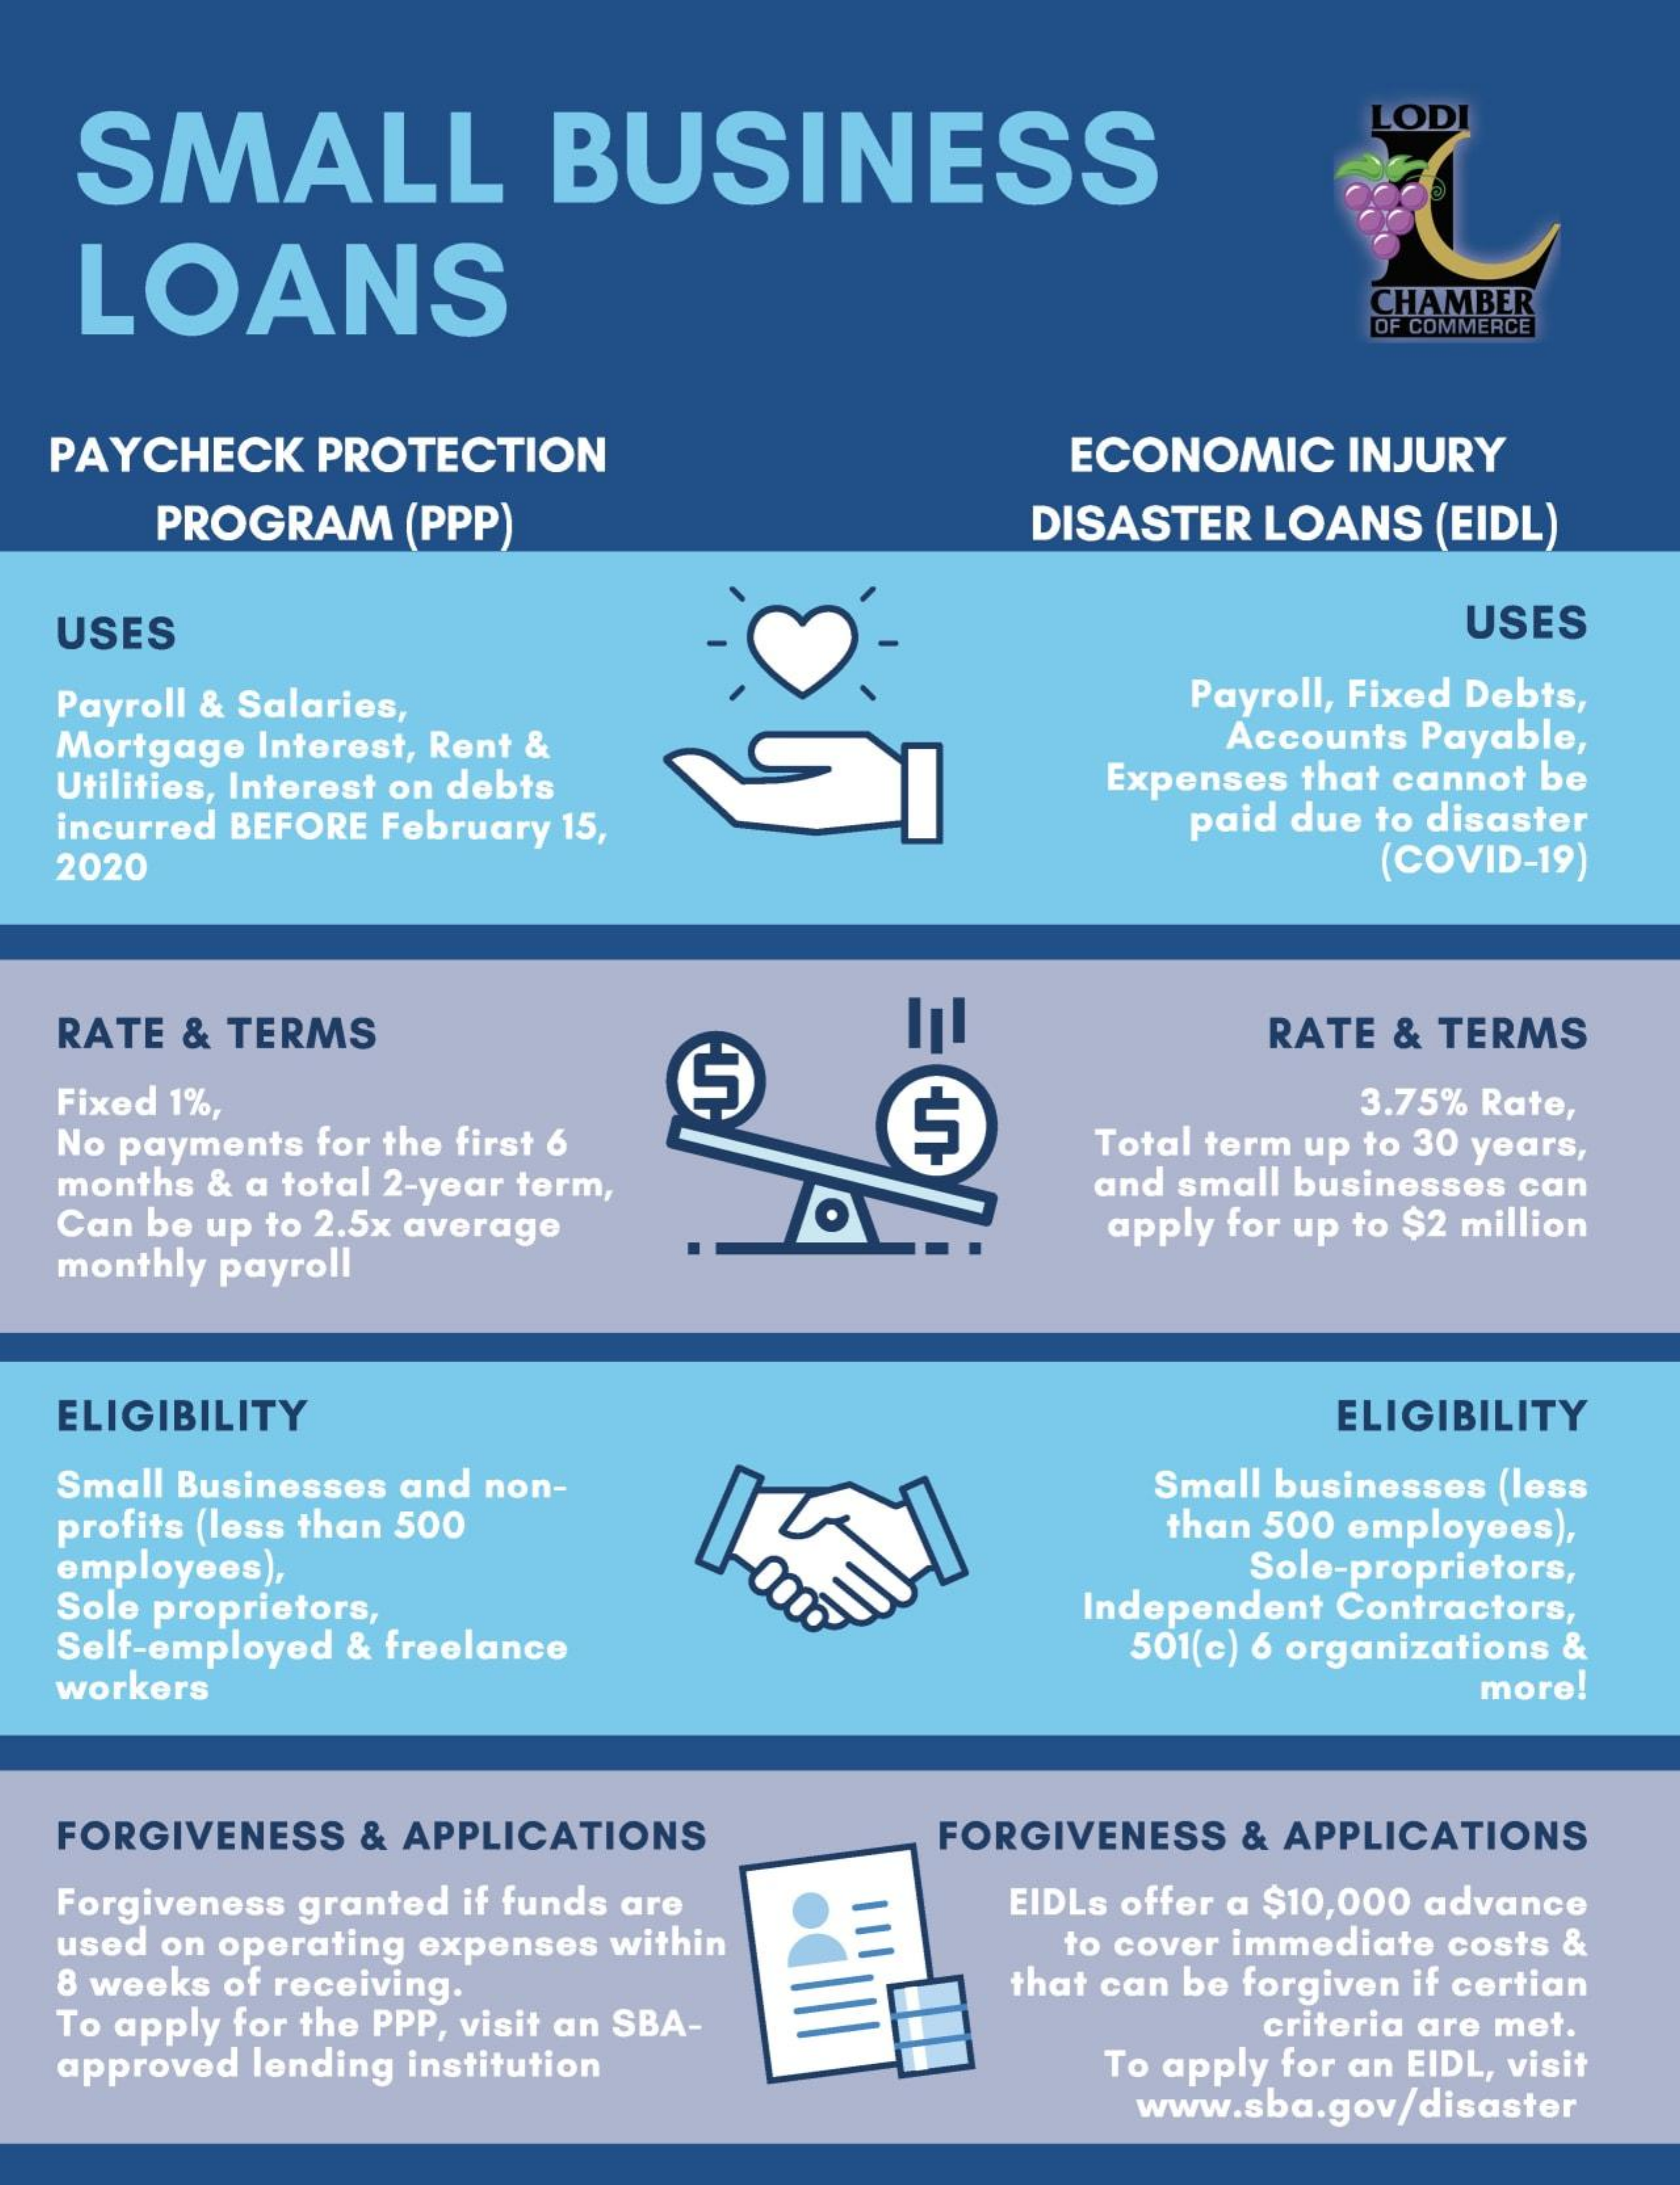
SMALL    BUSINESS
     LODI
   LOANS    CHAMBER
     OF COMMERCE
  PAYCHECK PROTECTION    ECONOMIC  INJURY
     PROGRAM (PPP)    DISASTER LOANS (EIDL)
  USES    USES
  Payroll & Salaries,    Payroll, Fixed Debts,
  Mortgage Interest, Rent &    Accounts Payable,
  Utilities, Interest on debts    Expenses that cannot be
  incurred BEFORE February 15,    paid due to disaster
  2020    (COVID-19)
  RATE & TERMS
  Fixed 1%,
     G
     RATE & TERMS
  No payments for the first 6   5
     3.75% Rate,
     Total term up to 30 years,
  months & a total 2-year term,
  Can be up to 2.5x average
     and small businesses can
  monthly payroll
     apply for up to $2 million
  ELIGIBILITY    ELIGIBILITY
  Small Businesses and non-    Small businesses (less
  profits (less than 500    than 500 employees),
  employees),    Sole-proprietors,
  Sole proprietors,
  Self-employed & freelance
     Independent Contractors,
     501(c) 6 organizations &
  workers    more!
  FORGIVENESS & APPLICATIONS    FORGIVENESS & APPLICATIONS
  Forgiveness granted if funds are EIDLs offer a $10,000 advance
  used on operating expenses within
  8 weeks of receiving.
     to cover immediate costs &
  To apply for the PPP, visit an SBA-
     that can be forgiven if certian
     criteria are met.
  approved lending institution    To apply for an EIDL, visit
     www.sba.gov/disaster